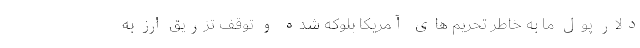
دلار پول ما به خاطر تحریم های آمریکا بلوکه شده و توقف تزریق ارز به